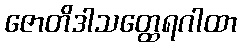
ဇောတိဒါသတ္ထေရဂါထာ